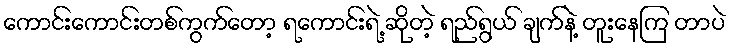
ကောင်းကောင်းတစ်ကွက်တော့ ရကောင်းရဲ့ ဆိုတဲ့ ရည်ရွယ် ချက်နဲ့ တူးနေကြ တာပဲ